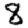
Digit: 8